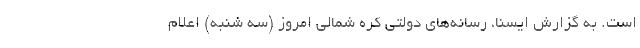
است. به گزارش ایسنا، رسانه‌های دولتی کره شمالی امروز (سه شنبه) اعلام